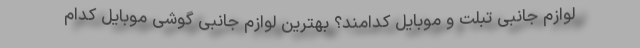
لوازم جانبی تبلت و موبایل کدامند؟ بهترین لوازم جانبی گوشی موبایل کدام